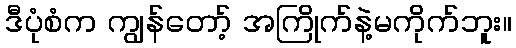
ဒီပုံစံက ကျွန်တော့် အကြိုက်နဲ့မကိုက်ဘူး။